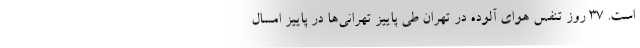
است. ۳۷ روز تنفس هوای آلوده در تهران طی پاییز تهرانی‌ها در پاییز امسال